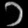
Digit: ၁